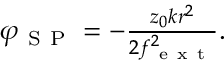
\begin{array} { r } { \varphi _ { \mathrm { ~ S ~ P ~ } } = - \frac { z _ { 0 } { k r ^ { 2 } } } { 2 f _ { \mathrm { ~ e ~ x ~ t ~ } } ^ { 2 } } . } \end{array}